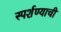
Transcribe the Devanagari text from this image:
स्पर्शण्याची